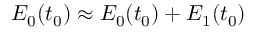
E _ { 0 } ( t _ { 0 } ) \approx E _ { 0 } ( t _ { 0 } ) + E _ { 1 } ( t _ { 0 } )